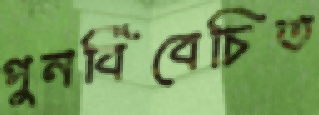
পুনর্বিবেচিত